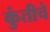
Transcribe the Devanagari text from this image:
कुंतीचे